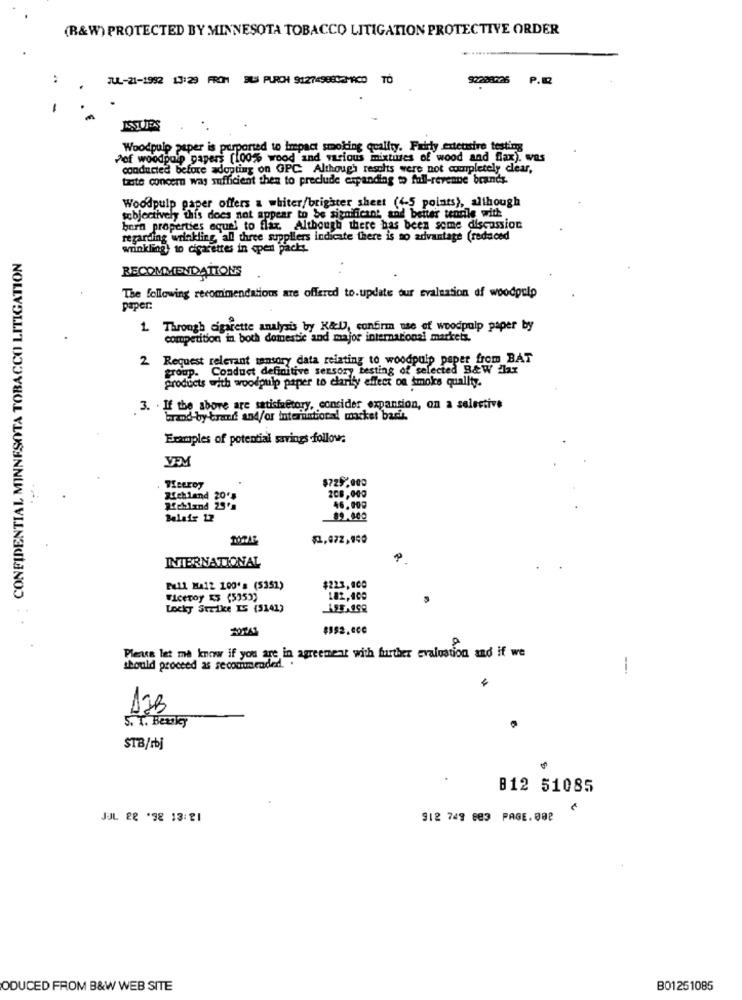
(B&W) PROTECTED BY MINNESOTA TOBACCO LITIGATION PROTECTIVE ORDER
..
JUL-21-1982 13:29 FROM BILI PURCH 9127498832MAC0 TD
92288226 P.
ISSUES
Woodpulp paper is purported to impact smoking quality. Fairly extendire testing
Pof woodpulp papers [100% wood and various mixtures of wood and fax). was
conducted before adopting on GPC Although results were not completely dear,
tate concern way sufficient then to preclude expanding to full-revenue brands.
Woodpulp paper offers a whiter/brighter sheet (4-5 points), although
sobjectively this does not appear to be significant and better teorile with
born properties equal to flax. Although there has been some discussion
regarding wrinkling, all three suppliers indicate there is no advantage (reduced
wrinkling) to cigarettes in cpent packt
.: CONFIDENTIAL MINNESOTA TOBACCO LITIGATION
RECOMMENDATIONS
The following recommendations are offered to.update our Evaluation of woodpulp
paper:
1 Through cigarette analysis by K&D, confirm use of woodpulp paper by
competition in both domestic and major international market.
2 Request relevant sensory data relating to woodpulp paper from BAT
group. Conduct definitive sensory testing of selected B&W flax
products with woodpulp paper to clarify effect on smoke quality.
3. If the above are satisivetory, consider expansion, on a selective
brand-by tran and/or international macket bach.
Examples of potential savings -follow;
$725,000
Wieeroy
208,000
Richland 20's
46,000
89.000
$1,072,940
INTERNATIONAL
Pull MA12 100's (5351)
$223,000
Viceroy ES (5353)
182,400
Locky Strike IS (5141)
Please let me know if you are in agreement with further evaluation and if we
should proceed as recommended. .
-
12B
S. T. Beunkey
STB/rbj
812 51085
JUL 28 98 13:21
912 749 883 PAGE. 00P
ODUCED FROM B&W WEB SITE
B01251085